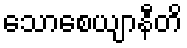
သောစေယျာနီတိ